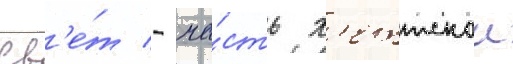
Св'е́т - ча́сть х'еттскои